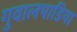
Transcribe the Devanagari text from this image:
गुवालपाडिया